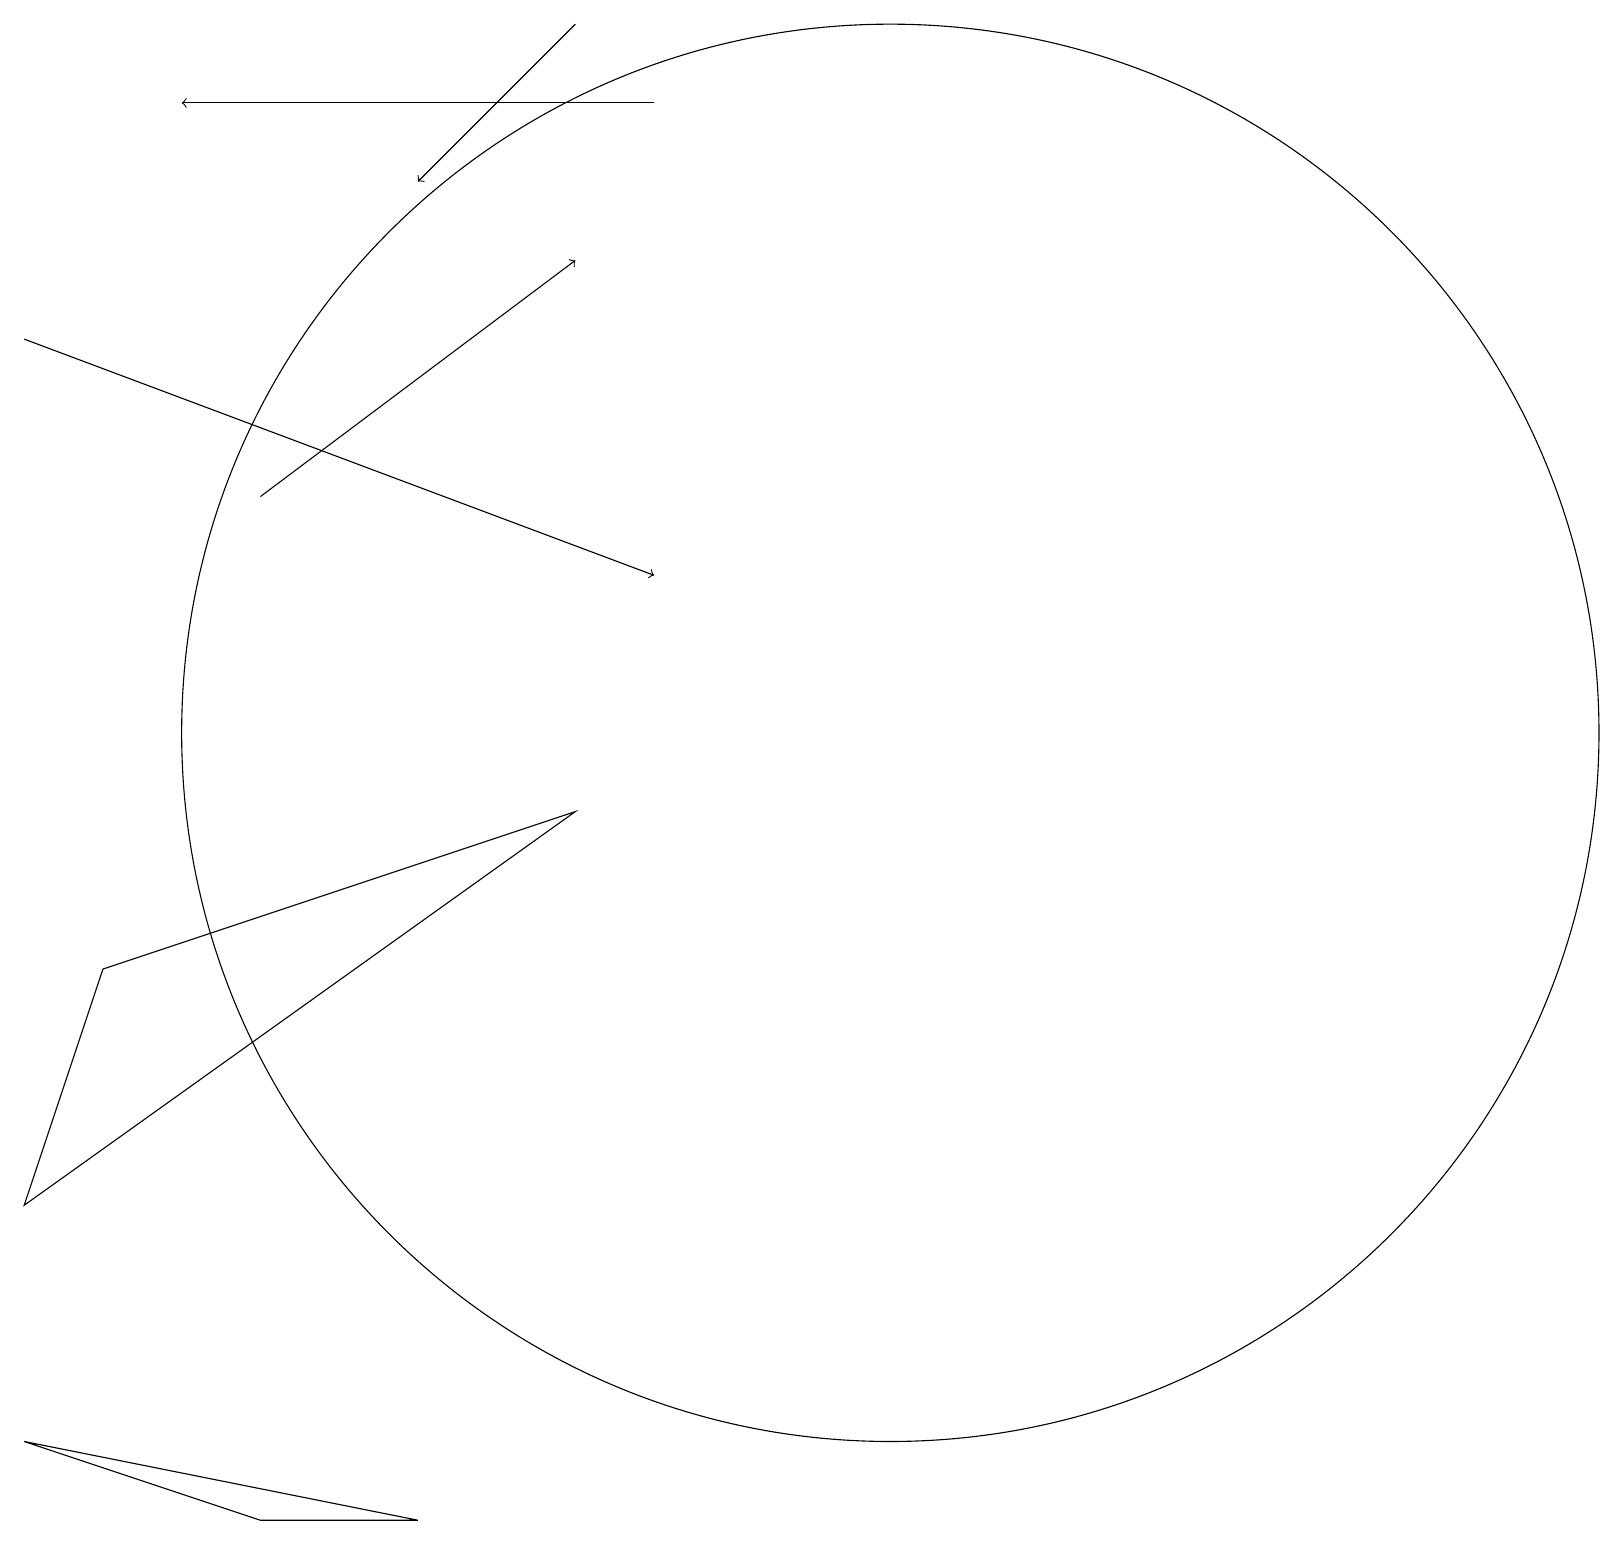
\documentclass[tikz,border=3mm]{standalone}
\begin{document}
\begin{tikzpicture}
\draw (0,1) -- (5,0) -- (3,0) -- cycle;
\draw[->] (0,15) -- (8,12);
\draw[->] (3,13) -- (7,16);
\draw (0,4) -- (1,7) -- (7,9) -- cycle;
\draw[->] (8,18) -- (2,18);
\draw[->] (7,19) -- (5,17);
\draw (11,10) circle (9);
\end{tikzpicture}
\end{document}